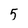
Character: 5